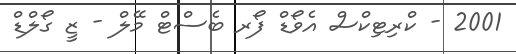
2001 - ކްރިޓިކްސް އެވޯޑް ފޯރ ބެސްޓް މޭލް - ޒީ ގޯލްޑް